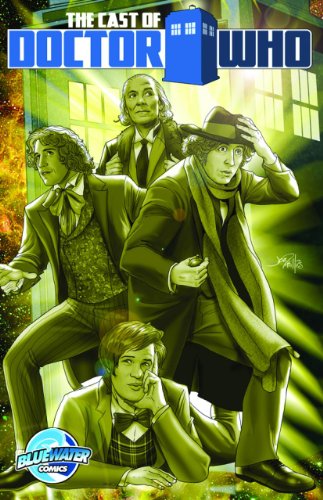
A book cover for Orbit: The Cast of Doctor Who: A Graphic Novel; Paul Salamoff; Teen & Young Adult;